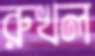
রুখল